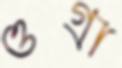
ওগ্‌রা